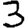
Digit: 3